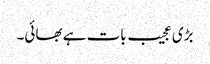
بڑی عجیب بات ہے بھائی۔